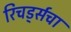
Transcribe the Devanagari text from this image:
रिचर्ड्सचा